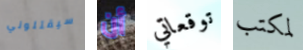
سيقتلوني أن توقعاتي لمكتب